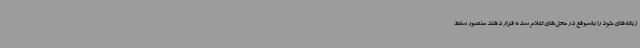
زباله‌های خود را به‌موقع در محل‌های اعلام شده قرار دهند منصور سلط